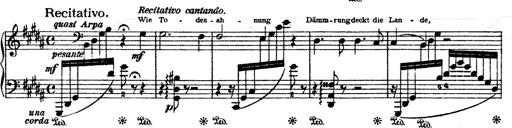
Title: O du mein holder Abendstern
Composer: Franz Liszt